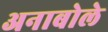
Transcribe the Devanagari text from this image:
अनाबोले